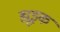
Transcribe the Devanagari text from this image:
ह्यूइक